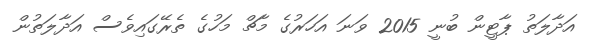
އަދާލަތު ޕާޓީން ބުނީ 2015 ވަނަ އަހަރުގެ މާޗް މަހުގެ ތެރޭގައިވެސް އަދާލަތުން